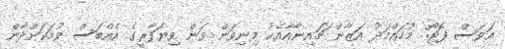
އަވަސް ފޮޓޯ: މުހައްމަދު އަޒާން ޗައިނާއާއެކު މިނިވަން ވަން ވިޔަފާރީގެ އެއްބަސް ވުމަކަށްދާން